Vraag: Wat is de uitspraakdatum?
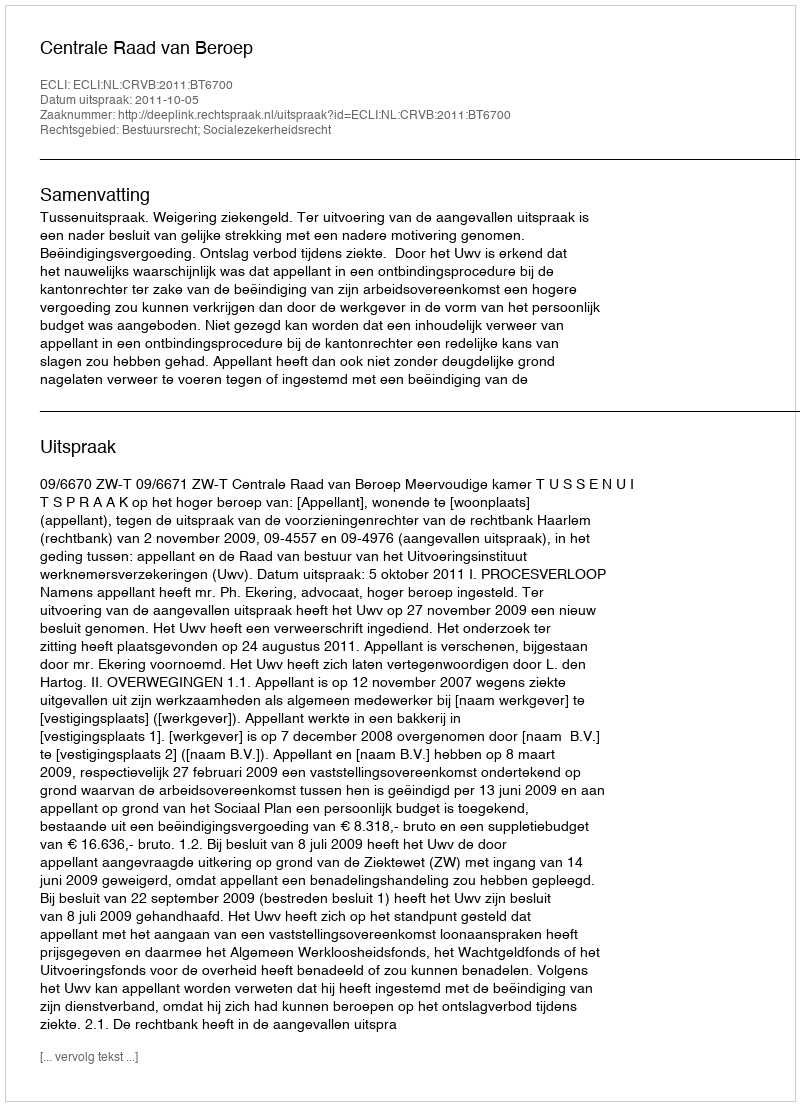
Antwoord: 2011-10-05